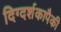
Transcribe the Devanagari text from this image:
दिग्दर्शकापैकी